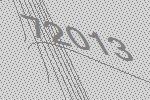
72013